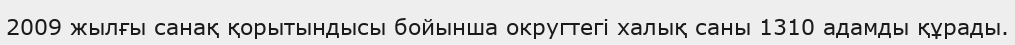
2009 жылғы санақ қорытындысы бойынша округтегі халық саны 1310 адамды құрады.